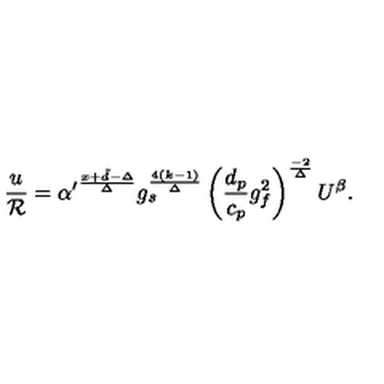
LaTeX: { \frac { u } { \cal R } } = { \alpha ^ { \prime } } ^ { \frac { x + \tilde { d } - \Delta } { \Delta } } g _ { s } ^ { \frac { 4 ( k - 1 ) } { \Delta } } \left( \frac { d _ { p } } { c _ { p } } g _ { f } ^ { 2 } \right) ^ { \frac { - 2 } { \Delta } } U ^ { \beta } .